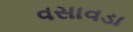
વસાવડા